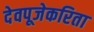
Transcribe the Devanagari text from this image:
देवपूजेकरिता